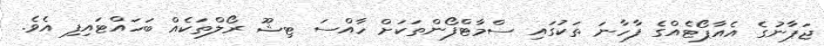
ޖަޕާނުގެ އެއާޕޯޓެއްގެ ފާހާނަ ތަކުގައި ސްމާާޓްފޯންތަކަށް ހާއްސަ ޓިޝޫ ރޯލްތަކެއް ބަހައްޓައިފި އެވެ.